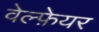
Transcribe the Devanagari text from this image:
वेल्फ़ेयर